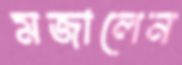
মজালেন